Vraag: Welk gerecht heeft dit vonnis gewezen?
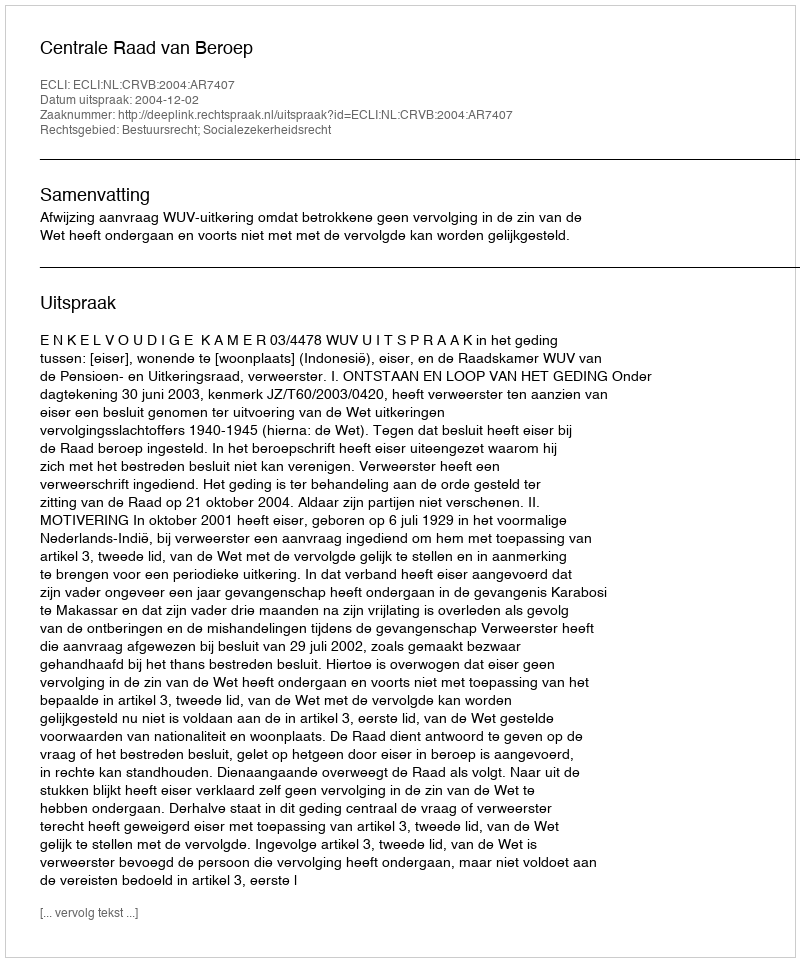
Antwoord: Centrale Raad van Beroep